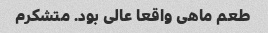
طعم ماهی واقعا عالی بود. متشکرم